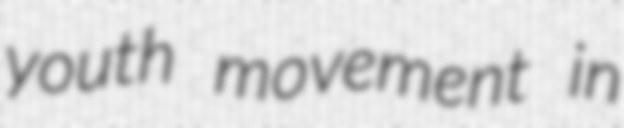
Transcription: youth movement in